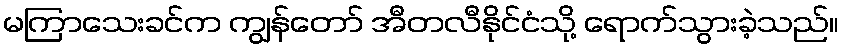
မကြာသေးခင်က ကျွန်တော် အီတလီနိုင်ငံသို့ ရောက်သွားခဲ့သည်။